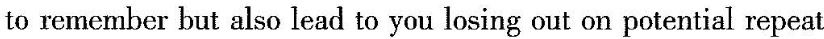
A long,